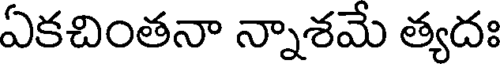
ఏకచింతనా న్నాశమే త్యదః